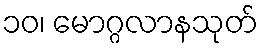
၁၀၊ မောဂ္ဂလာနသုတ်